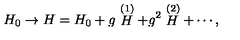
H _ { 0 } \rightarrow H = H _ { 0 } + g \stackrel { ( 1 ) } { H } + g ^ { 2 } \stackrel { ( 2 ) } { H } + \cdots ,